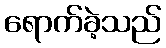
ရောက်ခဲ့သည်